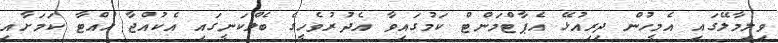
ވިލިމާލޭގައި އެމީހުން ދިރިއުޅޭ އެޕާޓްމަންޓް ކަމުގައިވާ އެދުރުވެހީގެ ބެލްކަނީގައި އެކުއްޖާ ހުއްޓާ ކަމަށާއި